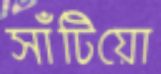
সাঁটিয়ো